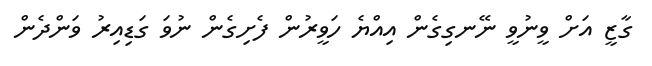
ގާޒީ އަށް ވީނުވީ ނޭނގިގެން އިއްޔެ ހަވީރުން ފެށިގެން ނުވަ ގަޑިއިރު ވަންދެން